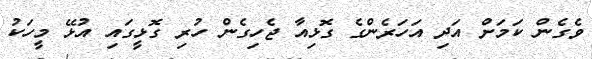
ވެގެން ކަމަށް އަދި އަހަރެންގެ ގޮޅިއާ ޖެހިގެން ހުރި ގޮޅީގައި އުޅޭ މީހަކު